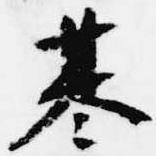
基